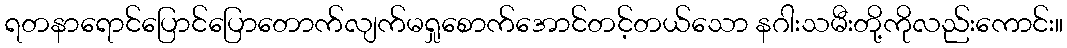
ရတနာရောင်ပြောင်ပြောတောက်လျက်မရှုစောက်အောင်တင့်တယ်သော နဂါးသမီးတို့ကိုလည်းကောင်း။